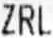
ZRL